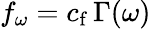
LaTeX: f_{\omega}=c_{\mathrm{f}}\, \Gamma(\omega)